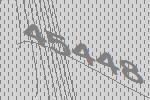
45448